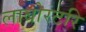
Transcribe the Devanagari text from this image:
लाबोरटरि